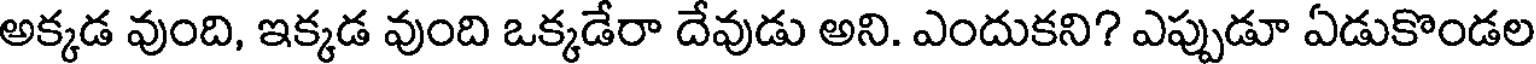
అక్కడ వుంది, ఇక్కడ వుంది ఒక్కడేరా దేవుడు అని. ఎందుకని? ఎప్పుడూ ఏడుకొండల